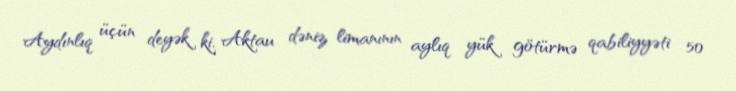
Aydınlıq üçün deyək ki, Aktau dəniz limanının aylıq yük götürmə qabiliyyəti 50